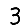
Digit: 3